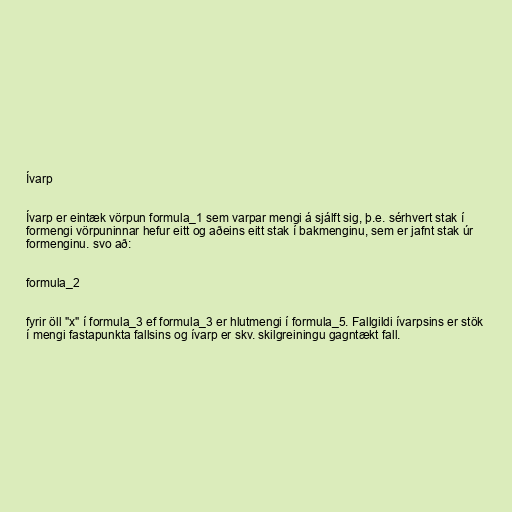
Ívarp

Ívarp er eintæk vörpun formula_1 sem varpar mengi á sjálft sig, þ.e. sérhvert stak í
formengi vörpuninnar hefur eitt og aðeins eitt stak í bakmenginu, sem er jafnt stak úr
formenginu. svo að:

formula_2

fyrir öll "x" í formula_3 ef formula_3 er hlutmengi í formula_5. Fallgildi ívarpsins er stök
í mengi fastapunkta fallsins og ívarp er skv. skilgreiningu gagntækt fall.